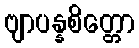
ဗျာပန္နစိတ္တော